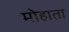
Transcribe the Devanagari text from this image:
मोहाता